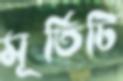
মূর্তিটি